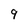
Character: 9